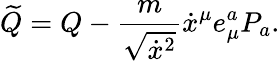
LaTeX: \widetilde Q=Q-{\frac{m}{\sqrt{\dot{x}^{2}}}}\dot{x}^{\mu}e_{\mu}^{a}P_{a}.